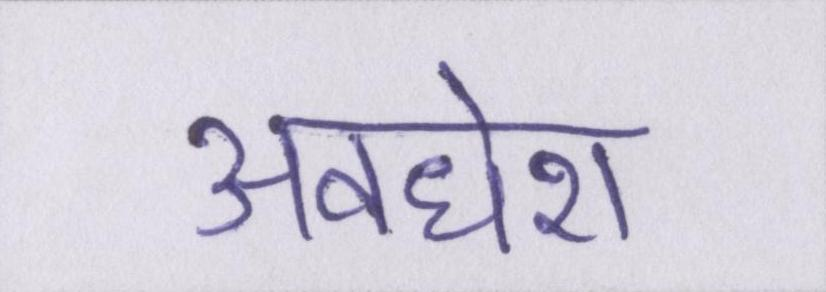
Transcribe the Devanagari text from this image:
अवधेश